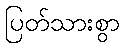
ပြတ်သားစွာ